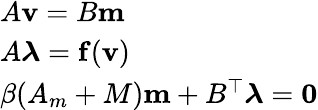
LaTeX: \begin{array}{l}{A\mathbf{v}=B\mathbf{m}}\\ {A\boldsymbol{\lambda}=\mathbf{f}(\mathbf{v})}\\ {\beta(A_{m}+M)\mathbf{m}+B^{\top}\boldsymbol{\lambda}=\mathbf{0}}\end{array}